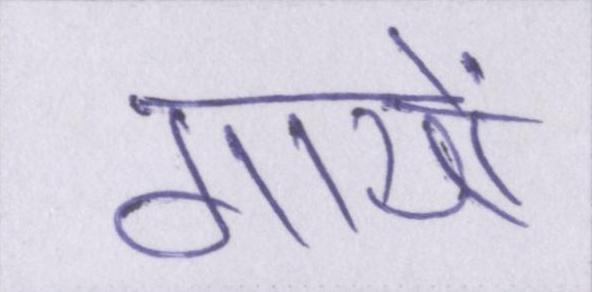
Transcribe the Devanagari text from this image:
गायों